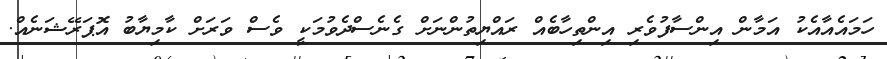
ހަމައެއާއެކު އަމާން އިންސާފުވެރި އިންތިހާބެއް ރައްޔިތުންނަށް ގެނެސްދެވުމަކީ ވެސް ވަރަށް ކާމިޔާބު އޮޕަރޭޝަނެއް.